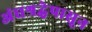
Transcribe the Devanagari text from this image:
अंधश्रद्धेपासून